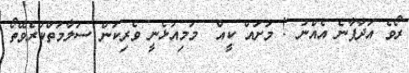
ރޯވެ އަދާފާނެ އެއްނު ! މަށައް ކީއް  މަމިއުޅެނީ ވެރިކަން ސަލާމަތްކުރެވޭތޯ